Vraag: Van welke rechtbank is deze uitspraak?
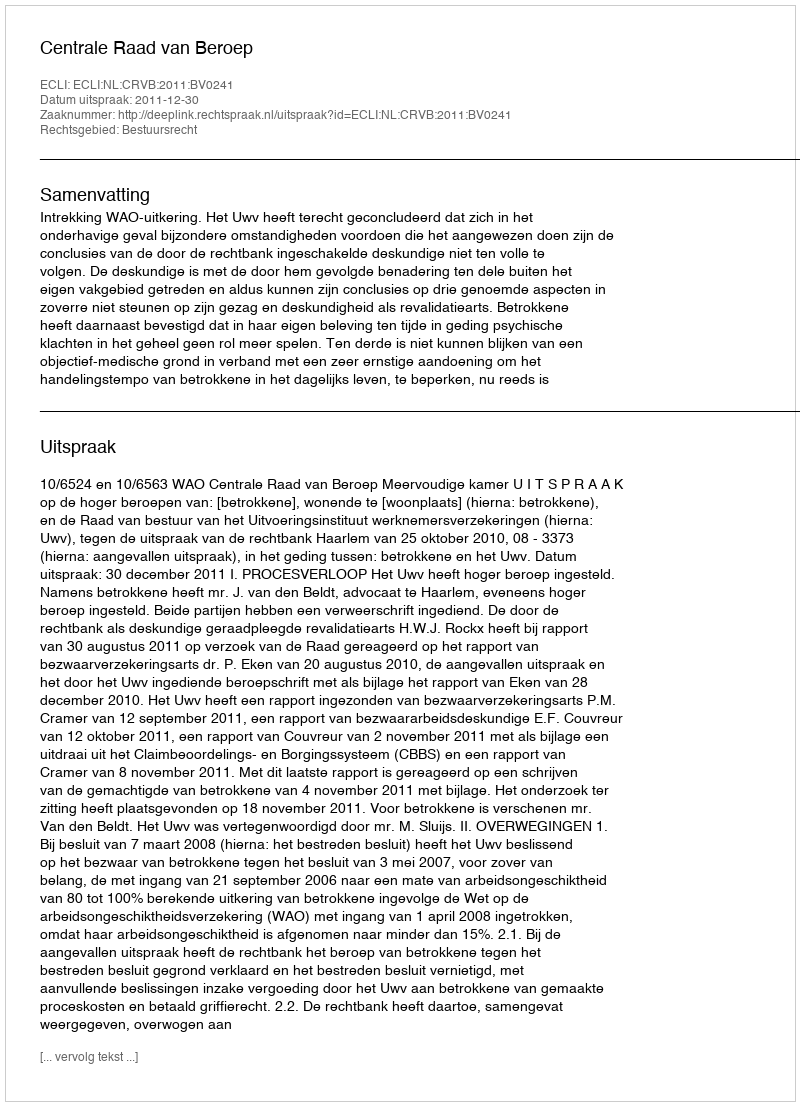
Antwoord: Centrale Raad van Beroep